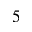
5